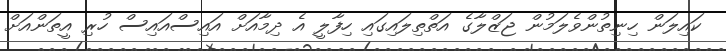
ކައިލަން ހިނިތުންވެލަމުން ޖަޒްލާގެ އަތްތިލައިގައި ހިފާލީ އެ ދިމާއަށް އައިސްއައިސް ހުރި އީތަންއަށް